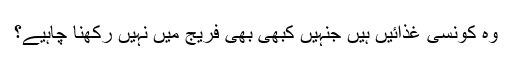
وہ کونسی غذائیں ہیں جنہیں کبھی بھی فریج میں نہیں رکھنا چاہیے؟